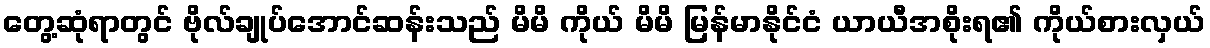
တွေ့ဆုံရာတွင် ဗိုလ်ချုပ်အောင်ဆန်းသည် မိမိ ကိုယ် မိမိ မြန်မာနိုင်ငံ ယာယီအစိုးရ၏ ကိုယ်စားလှယ်